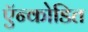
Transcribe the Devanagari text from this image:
ऍन्कोडित